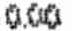
0.00